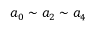
a _ { 0 } \sim a _ { 2 } \sim a _ { 4 }